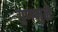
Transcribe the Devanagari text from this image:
गुणमुळे